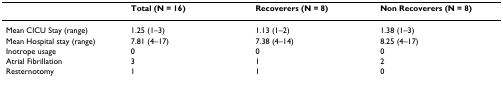
<table><thead><tr><td></td><td><b>Total (N = 16)</b></td><td><b>Recoverers (N = 8)</b></td><td><b>Non Recoverers (N = 8)</b></td></tr></thead><tbody><tr><td>Mean CICU Stay (range)</td><td>1.25 (1–3)</td><td>1.13 (1–2)</td><td>1.38 (1–3)</td></tr><tr><td>Mean Hospital stay (range)</td><td>7.81 (4–17)</td><td>7.38 (4–14)</td><td>8.25 (4–17)</td></tr><tr><td>Inotrope usage</td><td>0</td><td>0</td><td>0</td></tr><tr><td>Atrial Fibrillation</td><td>3</td><td>1</td><td>2</td></tr><tr><td>Resternotomy</td><td>1</td><td>1</td><td>0</td></tr></tbody></table>